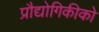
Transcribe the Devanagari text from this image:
प्रौद्योगिकीको